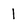
Character: l